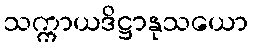
သက္ကာယဒိဋ္ဌာနုသယော